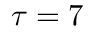
\tau = 7